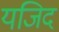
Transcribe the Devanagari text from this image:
यजिद